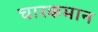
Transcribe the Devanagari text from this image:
चारकमान